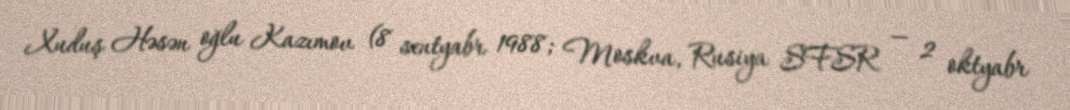
Xuduş Həsən oğlu Kazımov (8 sentyabr 1988; Moskva, Rusiya SFSR — 2 oktyabr